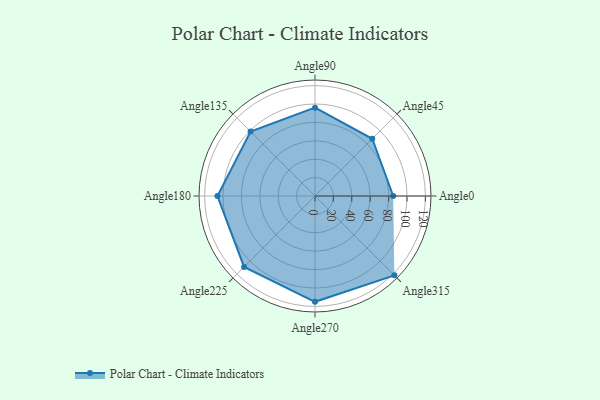
{"axis": {"x": "Angle", "y": "Radius"}, "legend": [""], "data": [{"x": "Angle0", "y": 85.0, "type": ""}, {"x": "Angle45", "y": 88.0, "type": ""}, {"x": "Angle90", "y": 96.0, "type": ""}, {"x": "Angle135", "y": 99.0, "type": ""}, {"x": "Angle180", "y": 106.0, "type": ""}, {"x": "Angle225", "y": 109.0, "type": ""}, {"x": "Angle270", "y": 115.0, "type": ""}, {"x": "Angle315", "y": 122.0, "type": ""}]}